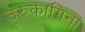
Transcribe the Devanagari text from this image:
उरुकागिना